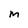
Character: m